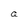
Character: a